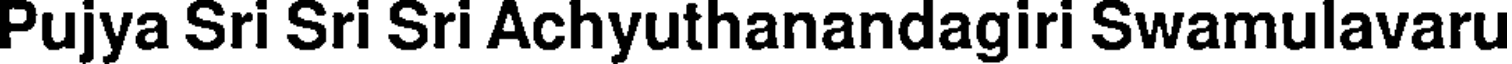
Pujya Sri Sri Sri Achyuthanandagiri Swamulavaru